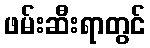
ဖမ်းဆီးရာတွင်